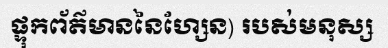
ផ្ទុកព័ត៌មាននៃហ្សែន) របស់មនុស្ស